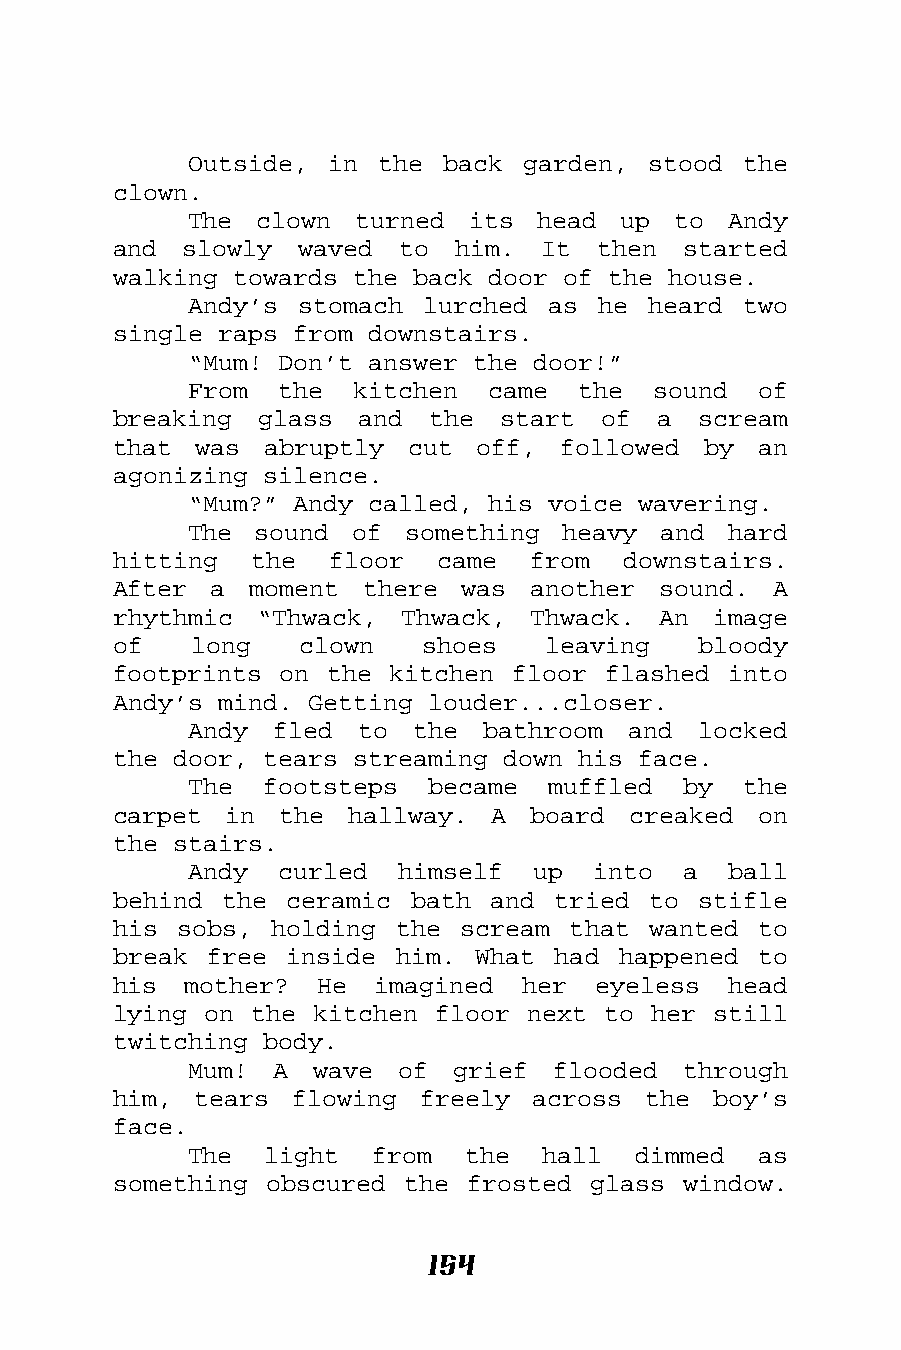
Outside, in the  back garden, stood  the
 clown.
 The clown  turned its  head up  to  Andy
 and  slowly waved  to  him. It  then  started
 walking towards the back door of the house.
 Andy’s stomach lurched  as he heard  two
 single raps from downstairs.
 “Mum! Don’t answer the door!”
 From  the  kitchen  came  the  sound  of
 breaking  glass and  the  start of  a  scream
 that was  abruptly cut  off,  followed by  an
 agonizing silence.
 “Mum?” Andy called, his voice wavering.
 The sound  of something  heavy and  hard
 hitting  the  floor  came  from   downstairs.
 After a  moment there  was  another sound.  A
 rhythmic “Thwack,  Thwack, Thwack.  An  image
 of   long   clown   shoes   leaving    bloody
 footprints on the kitchen floor flashed  into
 Andy’s mind. Getting louder...closer.
 Andy fled  to  the bathroom  and  locked
 the door, tears streaming down his face.
 The  footsteps  became  muffled  by  the
 carpet in  the hallway.  A  board creaked  on
 the stairs.
 Andy  curled  himself  up  into  a  ball
 behind the ceramic  bath and tried to  stifle
 his sobs, holding  the scream that wanted  to
 break free inside  him. What had happened  to
 his  mother? He  imagined  her  eyeless  head
 lying on the kitchen floor next to her  still
 twitching body.
 Mum! A  wave  of grief  flooded  through
 him, tears  flowing freely  across the  boy’s
 face.
 The  light  from  the  hall  dimmed   as
 something obscured the frosted glass  window.
 154